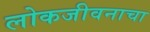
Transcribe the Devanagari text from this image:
लोकजीवनाचा